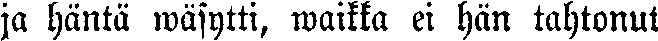
ja häntä wäsytti, waikka ei hän tahtonut